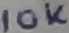
Text: 10K